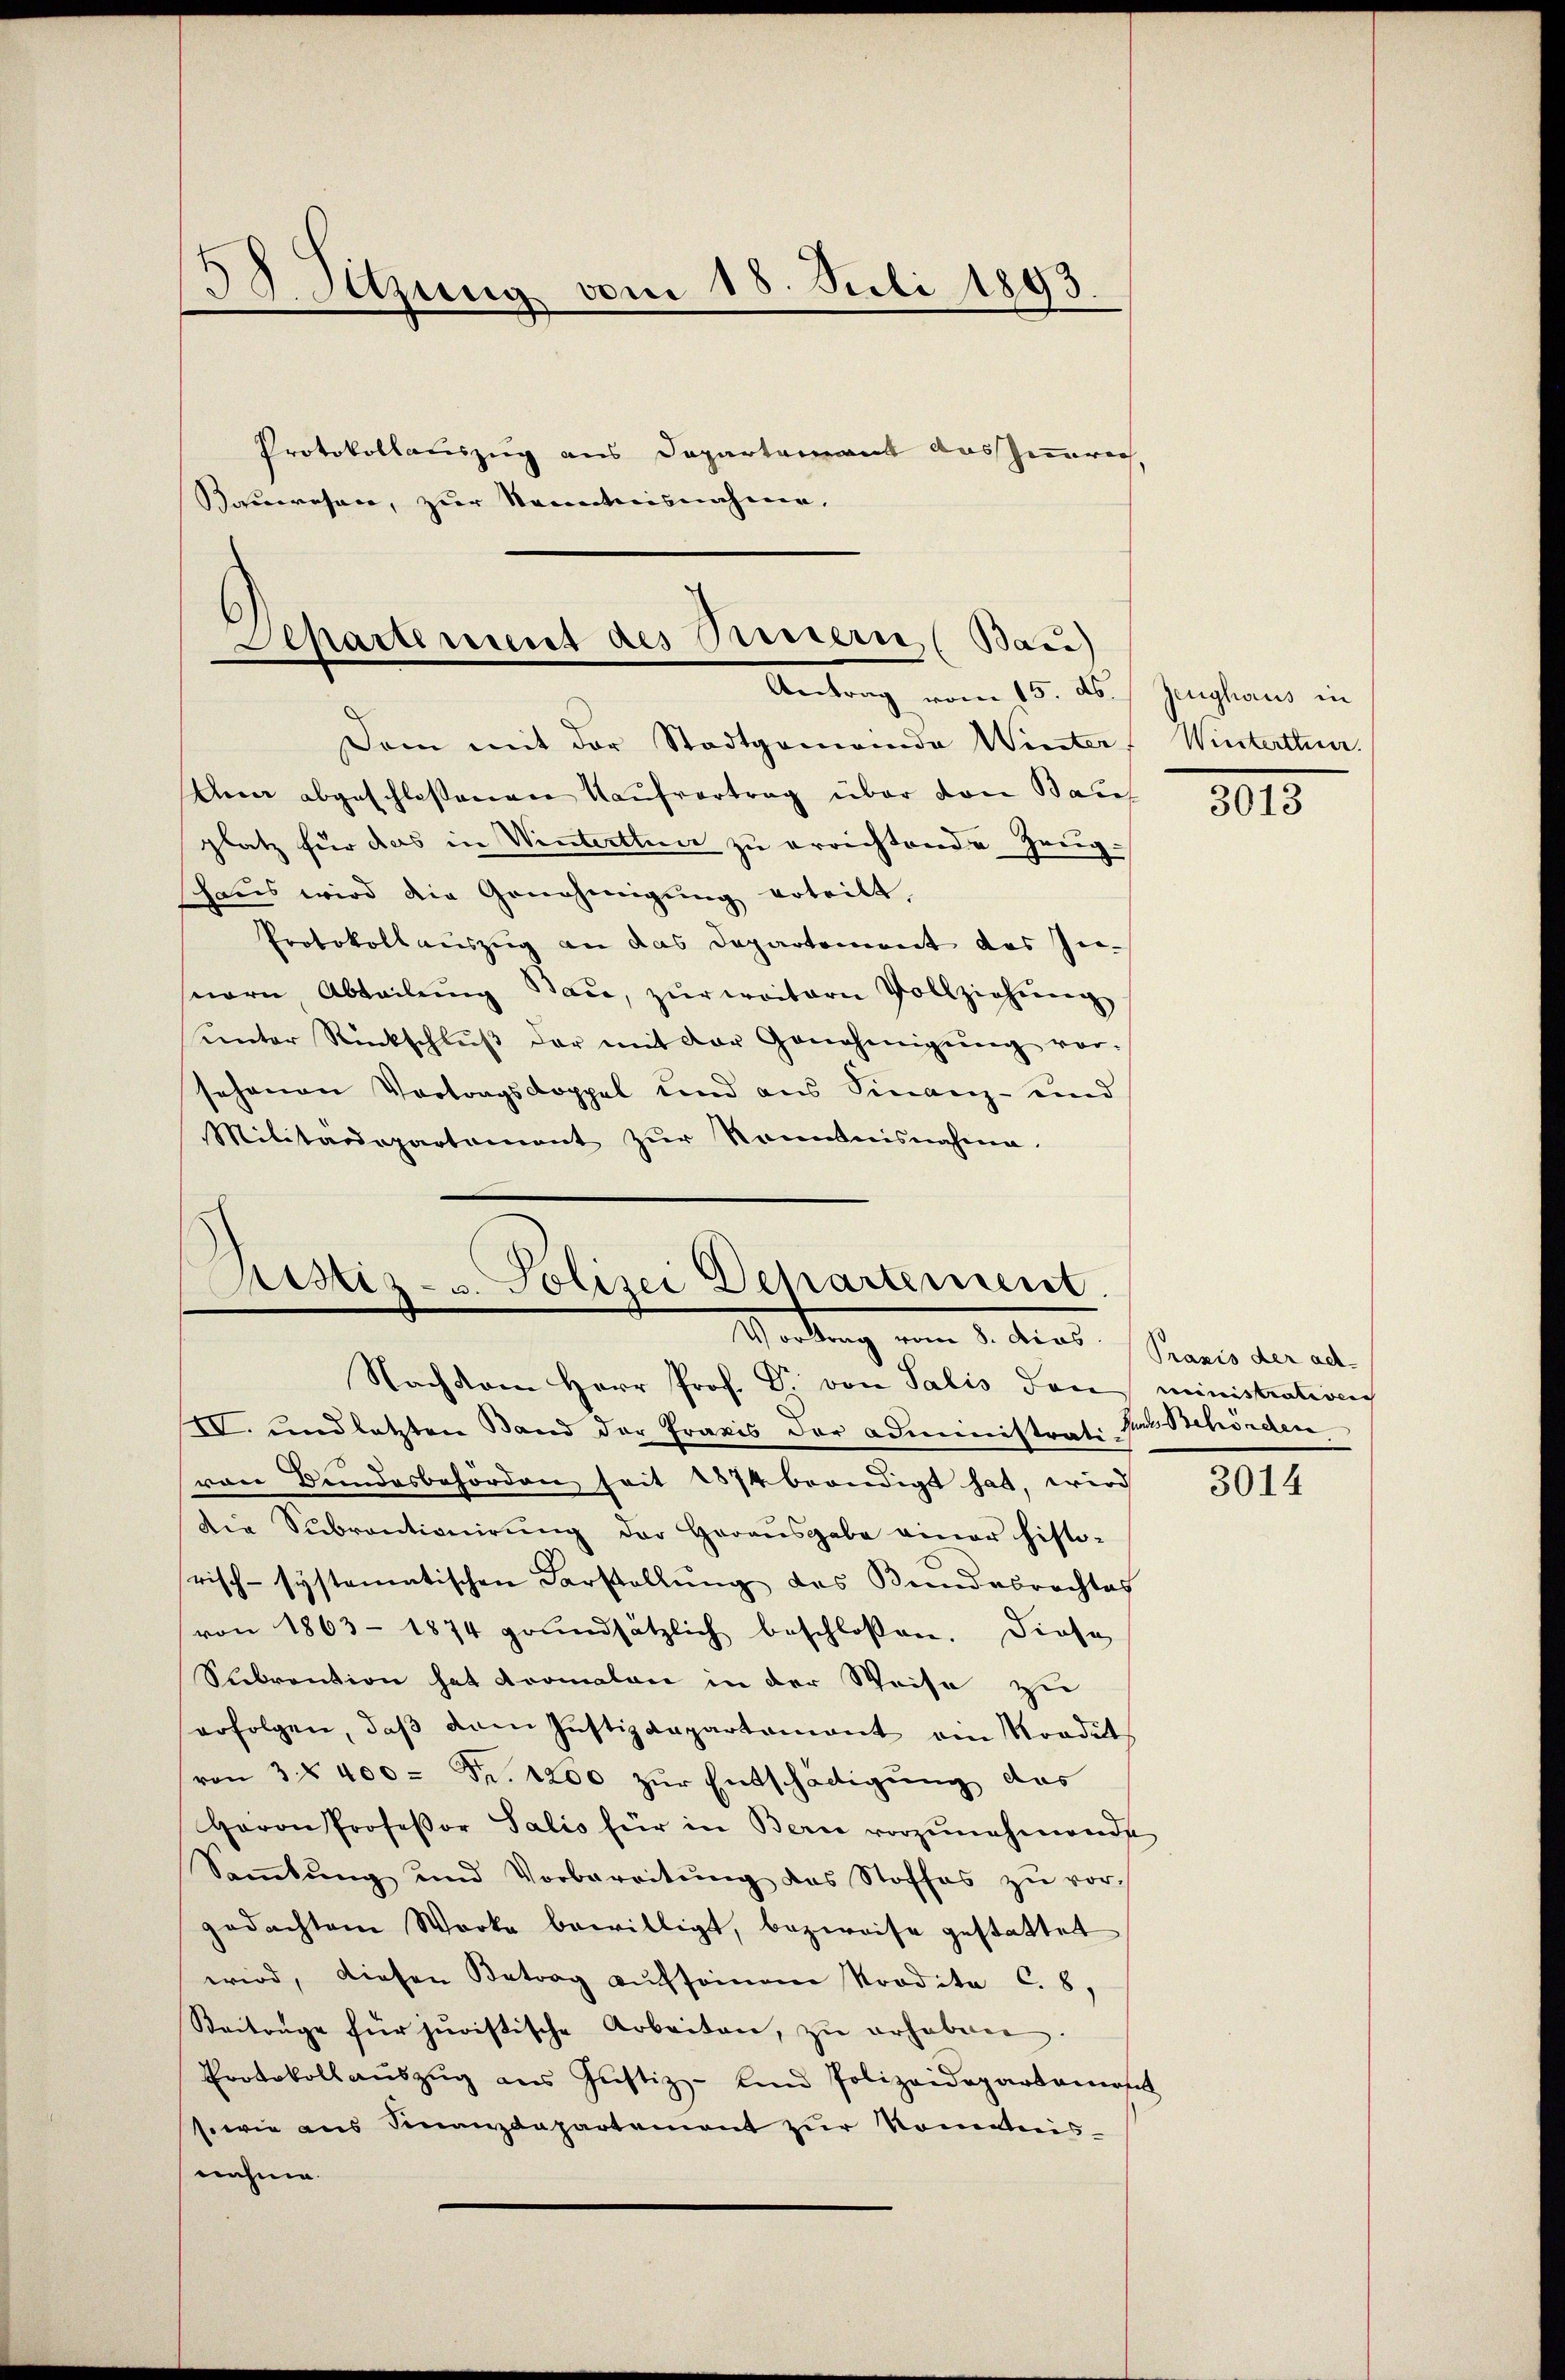
58. Sitzung vom 18. Juli 1893.

Protokollauszug aus Departement das Inneren
Sauwesen, zur Kenntnisnahme,

Departement des Bern (Bau)
Antrag vom 15. ds.

Astiz- u. Polizei Departement.
Wordung vom 1. Mart. (Sanen die al
Nachdem Herr Prof. Dr. von Salis den ministration

Dem mit der Stadtgemeinde Winter
Ann abgeschloßenen Kaŭfvertrag über von Bauf
platz für das in Winterthun zu errichtende Zeugschaus wird die Genehmigung erteilt,
Protokoll auszug an das Departement das Genern, Abteilŭng Baŭ, zŭr weitern Vollziehŭng
ŭnter Rückschlŭβ der mit der Genehmigŭng vor-
sehenen Vortragsdoppel und aus Finanz- und
Militärdepartament zŭr Kenntnisnahme.

Zeughaus in
Winterthur.

IV. und letzten Stand der Praxis der Administrat. Halbehörden
rare Bundesbehörden seit 1874 beendigt hat, wird
die Subventionirung der Herausgabe einer histo-
risch-systematischen Darstellung des Bundesrechtes
von 1863–1874 grundsätzlich beschlossen. Diese
Scbrention hat doomalen in der Weise zu
erfolgen, daβ dem Justizdepartament ein Nordet
von 3 § 400 = Fr. 1200 zŭr Entschädigung das
Haron Professor Salis für in Bern vorzŭnehmende
Saṁlŭng und Vorbereitŭng das Stoffes zŭ vor-
gedachtem Werke bewilligt, bezweife gestattet
wird, diesen Betrag aufsommene Nordita C. 8,
Beitrage für juristische Arbeiten, zu erhaben.
Protokoll aŭszŭg ans Justiz- und Polizeidepartament
sowie ans Finanzdepartement zŭr Kommis-
nahme.

3013

3014